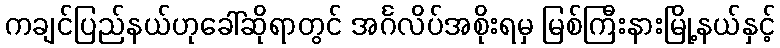
ကချင်ပြည်နယ်ဟုခေါ်ဆိုရာတွင် အင်္ဂလိပ်အစိုးရမှ မြစ်ကြီးနားမြို့နယ်နှင့်